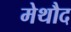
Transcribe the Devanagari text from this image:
मेथौद